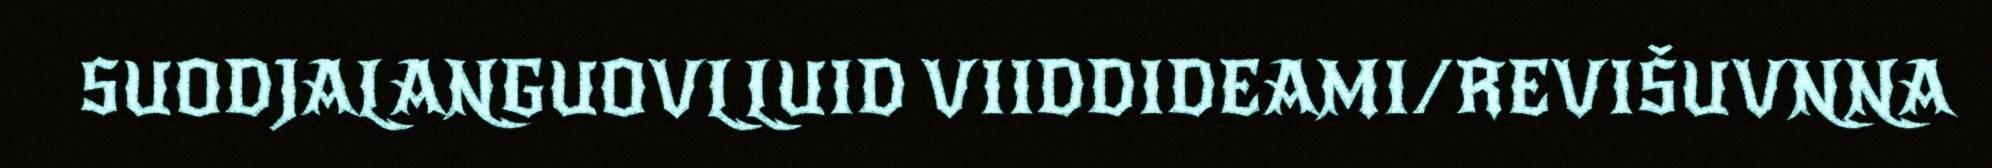
SUODJALANGUOVLLUID VIIDDIDEAMI/REVIŠUVNNA